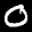
Label: 0